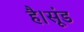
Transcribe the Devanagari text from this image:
है।सूंड